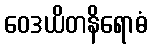
ဝေဒယိတနိရောဓံ